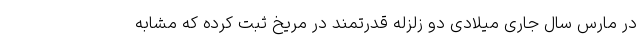
در مارس سال جاری میلادی دو زلزله قدرتمند در مریخ ثبت کرده که مشابه